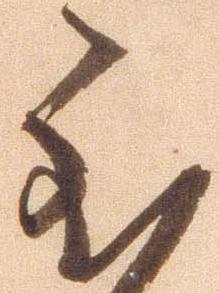
至